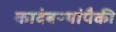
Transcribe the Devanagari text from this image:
कादंबऱ्यांपैकी